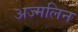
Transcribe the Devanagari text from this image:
अज्मलिन